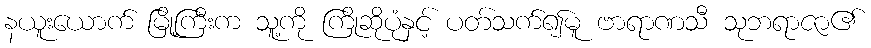
နယူးယောက် မြို့ကြီးက သူ့ကို ကြိုဆိုပုံနှင့် ပတ်သက်၍မူ ဗာရာဏသီ သုဘရာဇာ၏